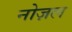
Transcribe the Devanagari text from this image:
नोज़ल